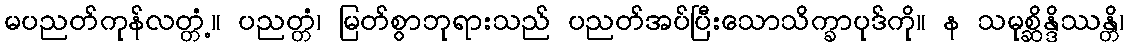
မပညတ်ကုန်လတ္တံ့။ ပညတ္တံ၊ မြတ်စွာဘုရားသည် ပညတ်အပ်ပြီးသောသိက္ခာပုဒ်ကို။ န သမုစ္ဆိန္ဒိဿန္တိ၊